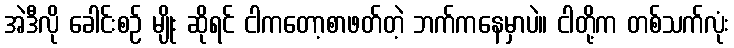
အဲဒီလို ခေါင်းစဉ် မျိုး ဆိုရင် ငါကတော့စာဖတ်တဲ့ ဘက်ကနေမှာပဲ။ ငါတို့က တစ်သက်လုံး